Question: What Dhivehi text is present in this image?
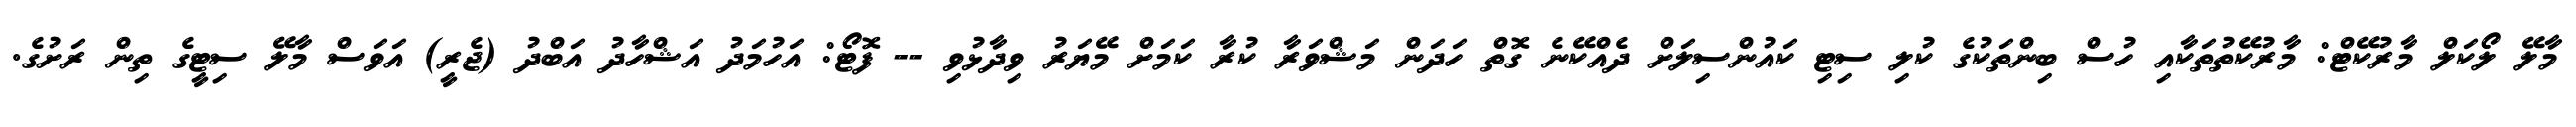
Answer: މާލޭ ލޯކަލް މާރުކޭޓް: މާރުކޭތުތަކާއި ހުސް ބިންތަކުގެ ކުލި ސިޓި ކައުންސިލަށް ދެއްކޭނެ ގޮތް ހަދަން މަޝްވަރާ ކުރާ ކަމަށް މޭޔަރު ވިދާޅުވި -- ފޮޓޯ: އަހުމަދު އަޝްހާދު އަބްދު (ޖެރީ) އަވަސް މާލޭ ސިޓީގެ ތިން ރަށުގެ.